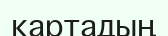
картадың